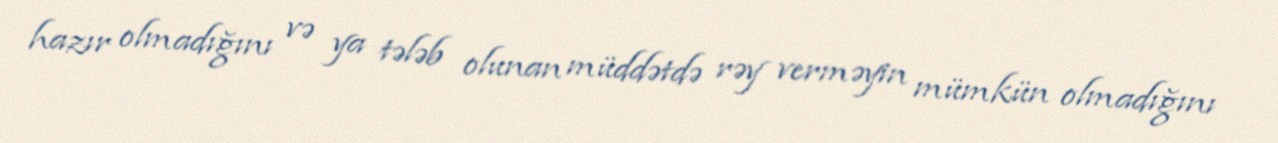
hazır olmadığını və ya tələb olunan müddətdə rəy verməyin mümkün olmadığını